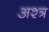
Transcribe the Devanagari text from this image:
अश्त्र